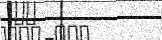
٢٧